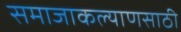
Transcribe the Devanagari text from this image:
समाजाकल्याणसाठी